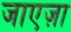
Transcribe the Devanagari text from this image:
जाएज़ा